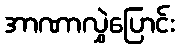
အာဏာလွှဲပြောင်း